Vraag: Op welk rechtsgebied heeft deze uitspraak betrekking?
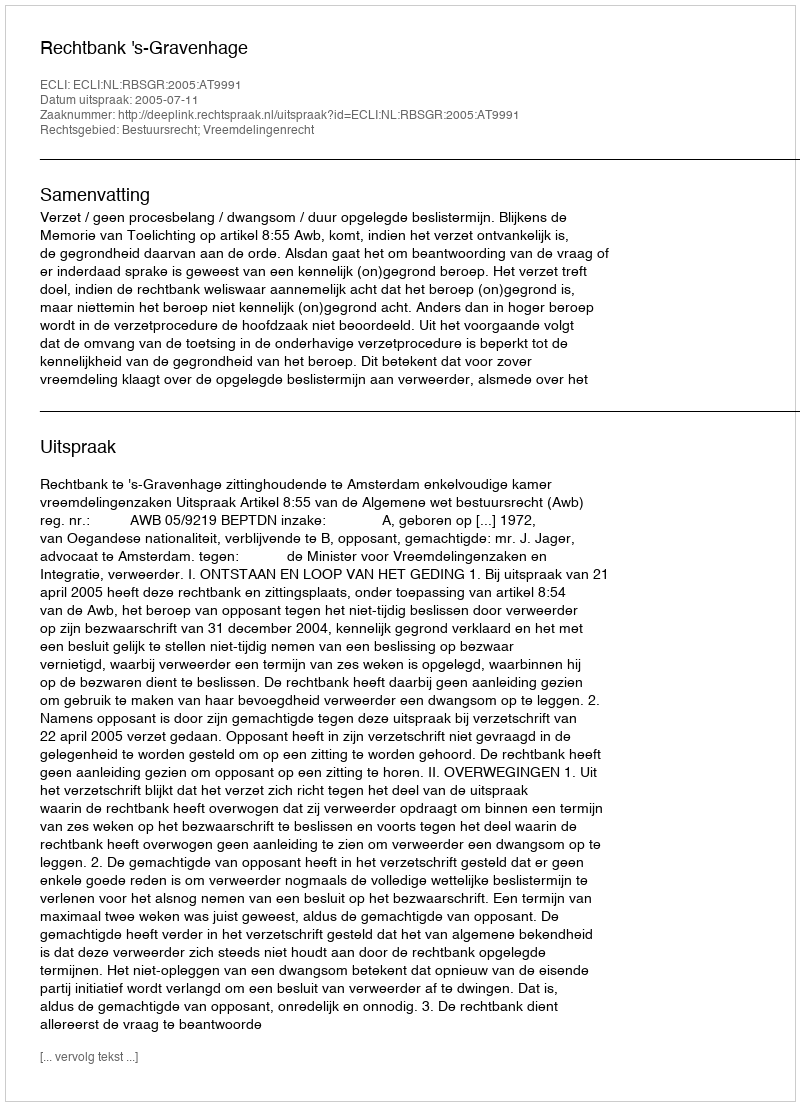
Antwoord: Bestuursrecht; Vreemdelingenrecht